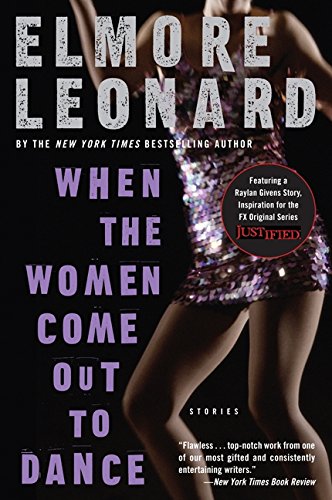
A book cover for When the Women Come Out to Dance: Stories; Elmore Leonard; Mystery, Thriller & Suspense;